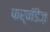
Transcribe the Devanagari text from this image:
फर्नॅंडेज़